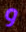
و